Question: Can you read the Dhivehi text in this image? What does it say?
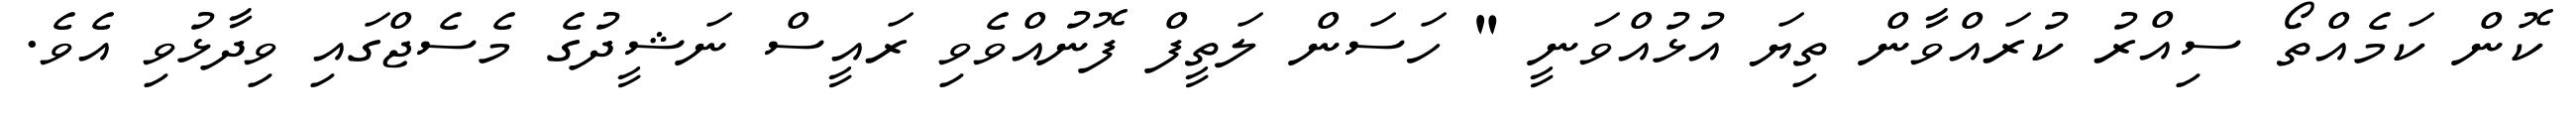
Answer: ކޮން ކަމެއްތޯ ސިއްރު ކުރައްވާން ތިޔަ އުޅުއްވަނީ " ހަސަން ލަތީފް ފޮނުއްވެވި ރައީސް ނަޝީދުގެ މެސެޖްގައި ވިދާޅުވި އެވެ.